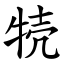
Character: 㸿